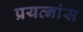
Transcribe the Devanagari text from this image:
प्रयत्नांस